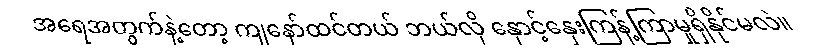
အရေအတွက်နဲ့တော့ ကျနော်ထင်တယ် ဘယ်လို နှောင့်နှေးကြန့်ကြာမှုရှိနိုင်မလဲ။